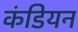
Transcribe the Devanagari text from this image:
कंडियन